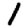
Digit: 1